DOW-UAP-D48, Department of the Air Force Report, 1996
Agency: Department of War
Incident date: 9/10/96
Page 52
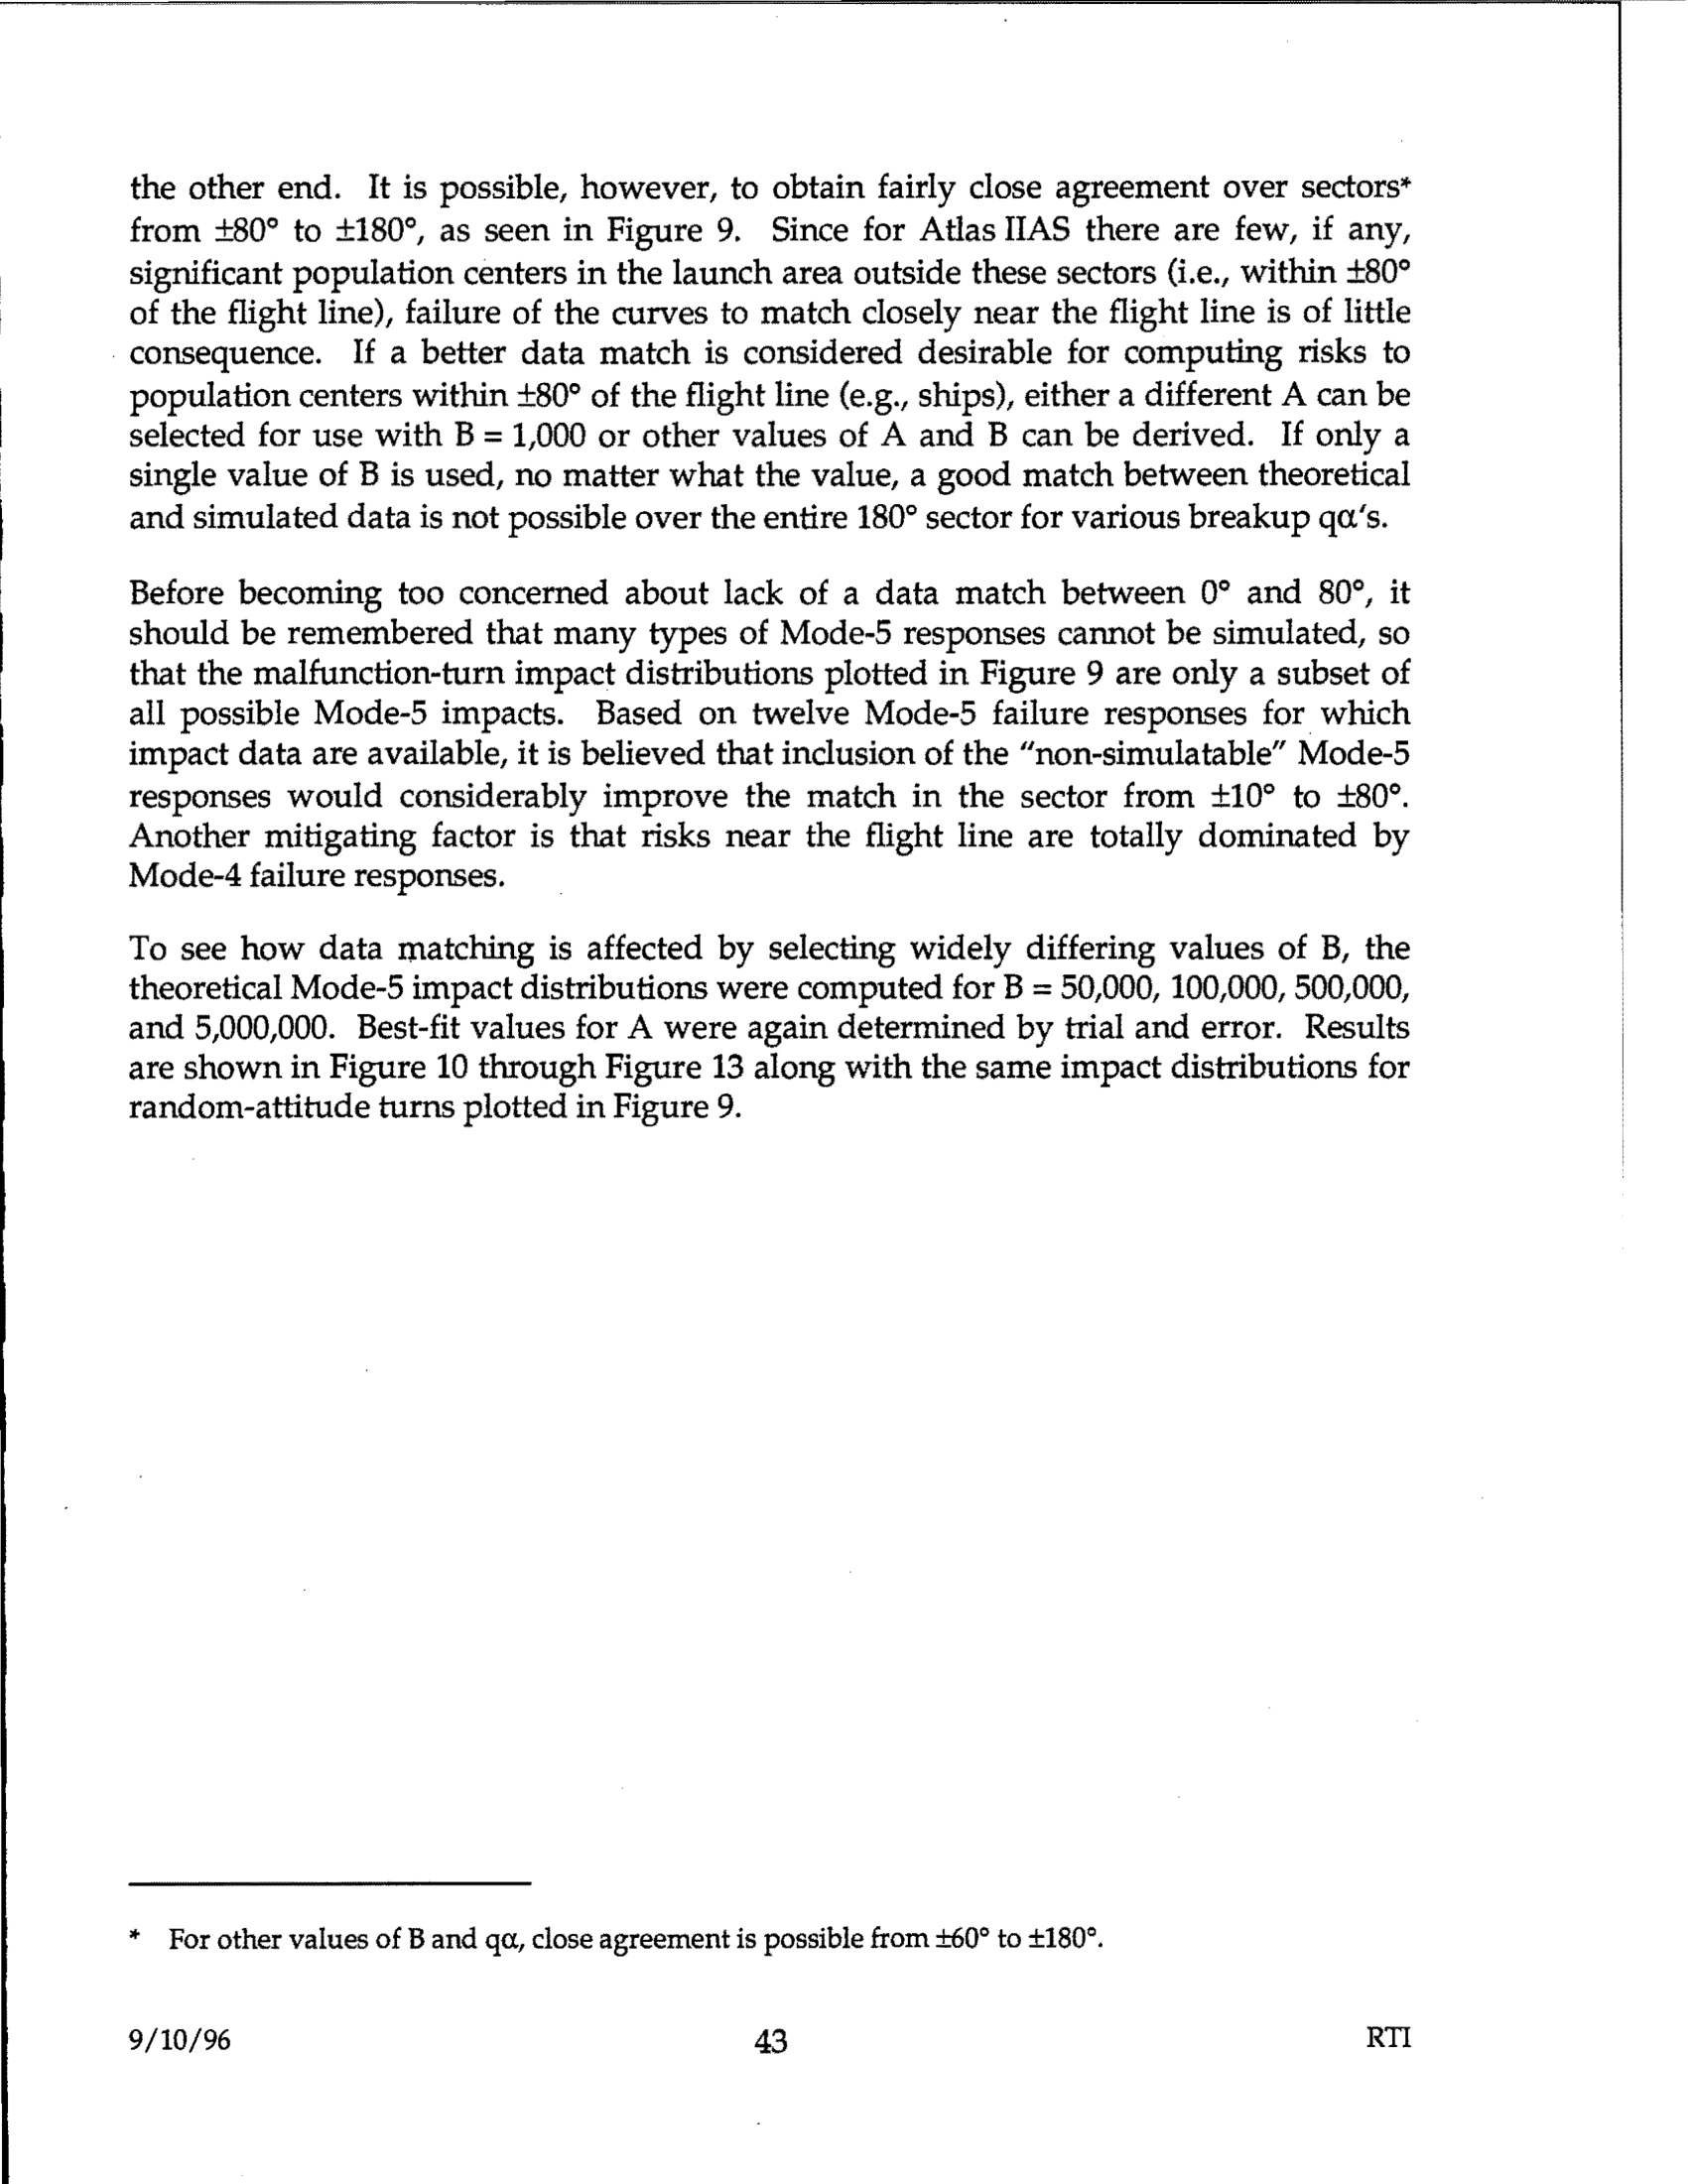